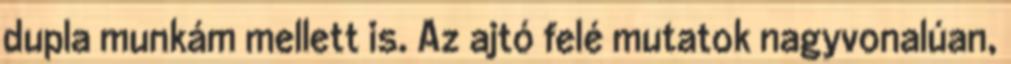
dupla munkám mellett is. Az ajtó felé mutatok nagyvonalúan,